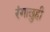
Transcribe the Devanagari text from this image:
रंगाछुही